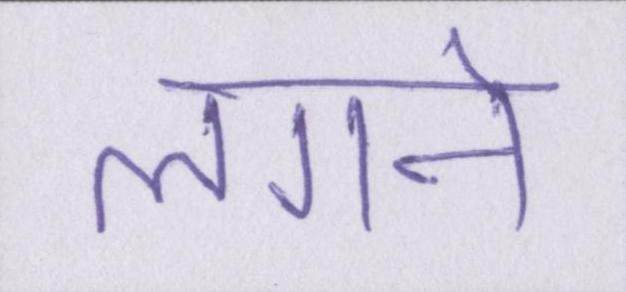
लगने